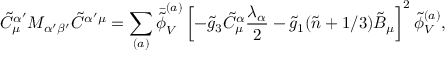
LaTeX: \tilde { C } _ { \mu } ^ { \alpha ^ { \prime } } M _ { \alpha ^ { \prime } \beta ^ { \prime } } \tilde { C } ^ { \alpha ^ { \prime } \mu } = \sum _ { ( a ) } \bar { \tilde { \phi } } _ { V } ^ { ( a ) } \left[ - \tilde { g } _ { 3 } \tilde { C } _ { \mu } ^ { \alpha } \frac { \lambda _ { \alpha } } { 2 } - \tilde { g } _ { 1 } ( \tilde { n } + 1 / 3 ) \tilde { B } _ { \mu } \right] ^ { 2 } \tilde { \phi } _ { V } ^ { ( a ) } ,